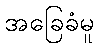
အခြေခံမူ